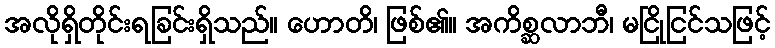
အလိုရှိတိုင်းရခြင်းရှိသည်။ ဟောတိ၊ ဖြစ်၏။ အကိစ္ဆလာဘီ၊ မငြိုငြင်သဖြင့်